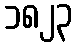
၁၈၂၃